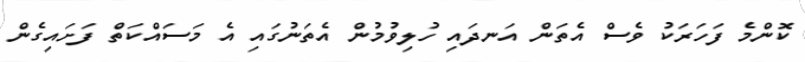
ކޮންމެ ފަހަރަކު ވެސް އެތަން އަނދައި ހުލިވުމުން އެތަނުގައި އެ މަސައްކަތް ފަށައިގެން